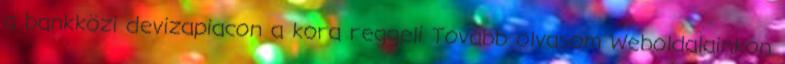
a bankközi devizapiacon a kora reggeli Tovább olvasom Weboldalainkon